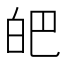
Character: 皅